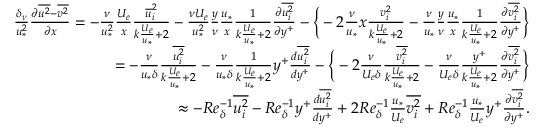
\begin{array} { r } { \frac { \delta _ { \nu } } { u _ { * } ^ { 2 } } \frac { \partial \overline { { u ^ { 2 } } } - \overline { { v ^ { 2 } } } } { \partial x } = - \frac { \nu } { u _ { * } ^ { 2 } } \frac { U _ { e } } { x } \frac { \overline { u } _ { i } ^ { 2 } } { k \frac { U _ { e } } { u _ { * } } + 2 } - \frac { \nu U _ { e } } { u _ { * } ^ { 2 } } \frac { y } { \nu } \frac { u _ { * } } { x } \frac { 1 } { k \frac { U _ { e } } { u _ { * } } + 2 } \frac { \partial \overline { { u _ { i } ^ { 2 } } } } { \partial y ^ { + } } - \Big \{ - 2 \frac { \nu } { u _ { * } } { x } \frac { v _ { i } ^ { 2 } } { k \frac { U _ { e } } { u _ { * } } + 2 } - \frac { \nu } { u _ { * } } \frac { y } { \nu } \frac { u _ { * } } { x } \frac { 1 } { k \frac { U _ { e } } { u _ { * } } + 2 } \frac { \partial \overline { { v _ { i } ^ { 2 } } } } { \partial y ^ { + } } \Big \} } \\ { = - \frac { \nu } { u _ { * } \delta } \frac { \overline { { u _ { i } ^ { 2 } } } } { k \frac { U _ { e } } { u _ { * } } + 2 } - \frac { \nu } { u _ { * } \delta } \frac { 1 } { k \frac { U _ { e } } { u _ { * } } + 2 } y ^ { + } \frac { d \overline { { u _ { i } ^ { 2 } } } } { d y ^ { + } } - \Big \{ - 2 \frac { \nu } { U _ { e } \delta } \frac { \overline { { v _ { i } ^ { 2 } } } } { k \frac { U _ { e } } { u _ { * } } + 2 } - \frac { \nu } { U _ { e } \delta } \frac { y ^ { + } } { k \frac { U _ { e } } { u _ { * } } + 2 } \frac { \partial \overline { { v _ { i } ^ { 2 } } } } { \partial y ^ { + } } \Big \} } \\ { \approx - R e _ { \delta } ^ { - 1 } \overline { { u _ { i } ^ { 2 } } } - R e _ { \delta } ^ { - 1 } y ^ { + } \frac { d \overline { { u _ { i } ^ { 2 } } } } { d y ^ { + } } + 2 R e _ { \delta } ^ { - 1 } \frac { u _ { * } } { U _ { e } } \overline { { v _ { i } ^ { 2 } } } + R e _ { \delta } ^ { - 1 } \frac { u _ { * } } { U _ { e } } y ^ { + } \frac { \partial \overline { { v _ { i } ^ { 2 } } } } { \partial y ^ { + } } . } \end{array}